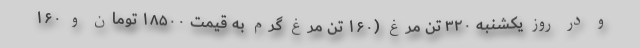
و در روز یکشنبه ۳۲۰ تن مرغ (۱۶۰ تن مرغ گرم به قیمت ۱۸۵۰۰ تومان و ۱۶۰